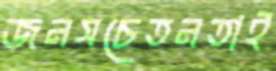
জনসচেতনতাই